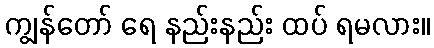
ကျွန်တော် ရေ နည်းနည်း ထပ် ရမလား။